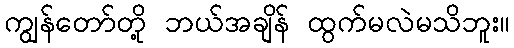
ကျွန်တော်တို့ ဘယ်အချိန် ထွက်မလဲမသိဘူး။